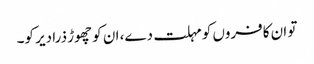
تو ان کافروں کو مہلت دے، ان کو چھوڑ ذرا دیر کو۔